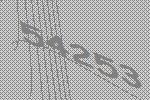
54253